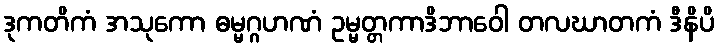
ဒုကတိကံ အသုကော ဓမ္မဂ္ဂဟဏံ ဥမ္မတ္တကာဒိဘာဝေါ တလဃာတကံ ဒီနိပိ